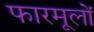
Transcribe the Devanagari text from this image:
फारमूलों